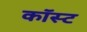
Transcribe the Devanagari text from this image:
कॉस्‍ट